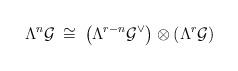
LaTeX: \begin{align*}\Lambda^n {\cal G} \: \cong \: \left( \Lambda^{r-n} {\cal G}^{\vee} \right)\otimes\left( \Lambda^r {\cal G} \right)\end{align*}